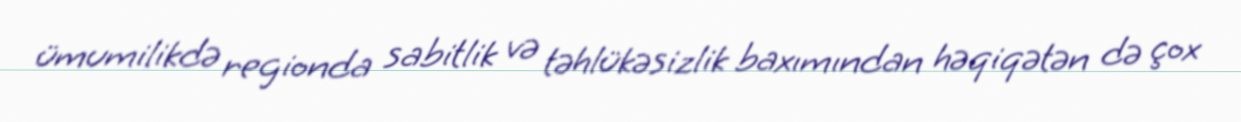
ümumilikdə regionda sabitlik və təhlükəsizlik baxımından həqiqətən də çox